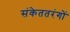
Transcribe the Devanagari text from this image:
संकेततरंगों